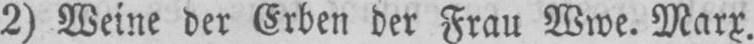
2) Weine der Erben der Frau Wwe. Marx.